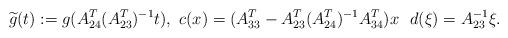
LaTeX: \begin{align*}\widetilde{g}(t):=g(A_{24}^T(A_{23}^T)^{-1}t), \ c(x)=(A_{33}^T-A_{23}^T(A_{24}^T)^{-1}A_{34}^T)x \ \ d(\xi)=A_{23}^{-1}\xi.\end{align*}